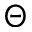
\Theta